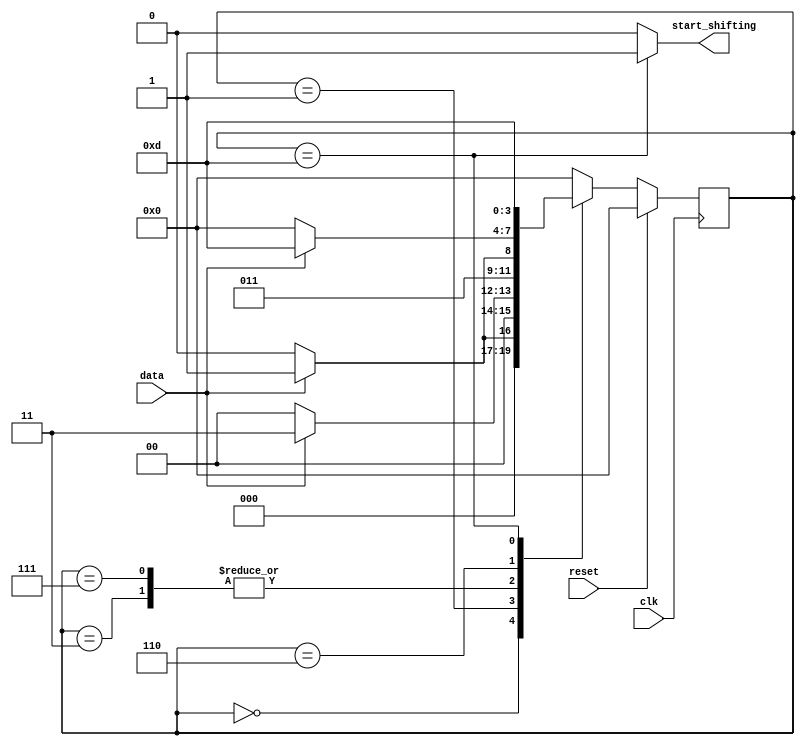
module top_module (
    input clk,
    input reset,      // Synchronous reset
    input data,
    output start_shifting);
    
    localparam	IDLE=4'b0000, 
    			ONE=4'b0001, 
    			ONEONE=4'b0011, 
    			ONEONEZERO=4'b0110, 
    			ONEONEONE=4'b0111, 
    			FOUND=4'b1101;
    
    reg [3:0]	current_state, next_state;
    
    always @ ( posedge clk ) begin
        if ( reset )
            current_state <= IDLE;
        else
            current_state <= next_state;            
    end
    
    always @ ( * ) begin
        next_state = IDLE;
        case ( current_state )
            IDLE:		next_state = data 	? ONE : IDLE;
            ONE:		next_state = data 	? ONEONE : IDLE;
            ONEONE:		next_state = data 	? ONEONEONE : ONEONEZERO;
            ONEONEONE:	next_state = data	? ONEONEONE : ONEONEZERO;
            ONEONEZERO:	next_state = data 	? FOUND : IDLE;
            FOUND:		next_state = FOUND;
        endcase
    end
                
    always @ ( * ) begin
        start_shifting = 1'b0;
        case ( current_state )
            IDLE:		start_shifting = 1'b0;
            ONE:		start_shifting = 1'b0;
            ONEONE:		start_shifting = 1'b0;
            ONEONEZERO:	start_shifting = 1'b0;
            FOUND:		start_shifting = 1'b1;
        endcase
    end                

endmodule